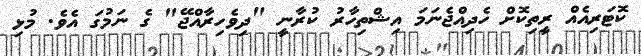
ކޮޓަރިއެއް ރީތިކޮށް ހެދިއްޖެނަމަ އިޝްތިހާރު ކުރާނީ "ދިވެހިރާއްޖޭ" ގެ ނަމުގަ އެވެ. މުޅި